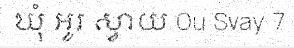
ឃុំ អូរ ស្វាយ Ou Svay 7